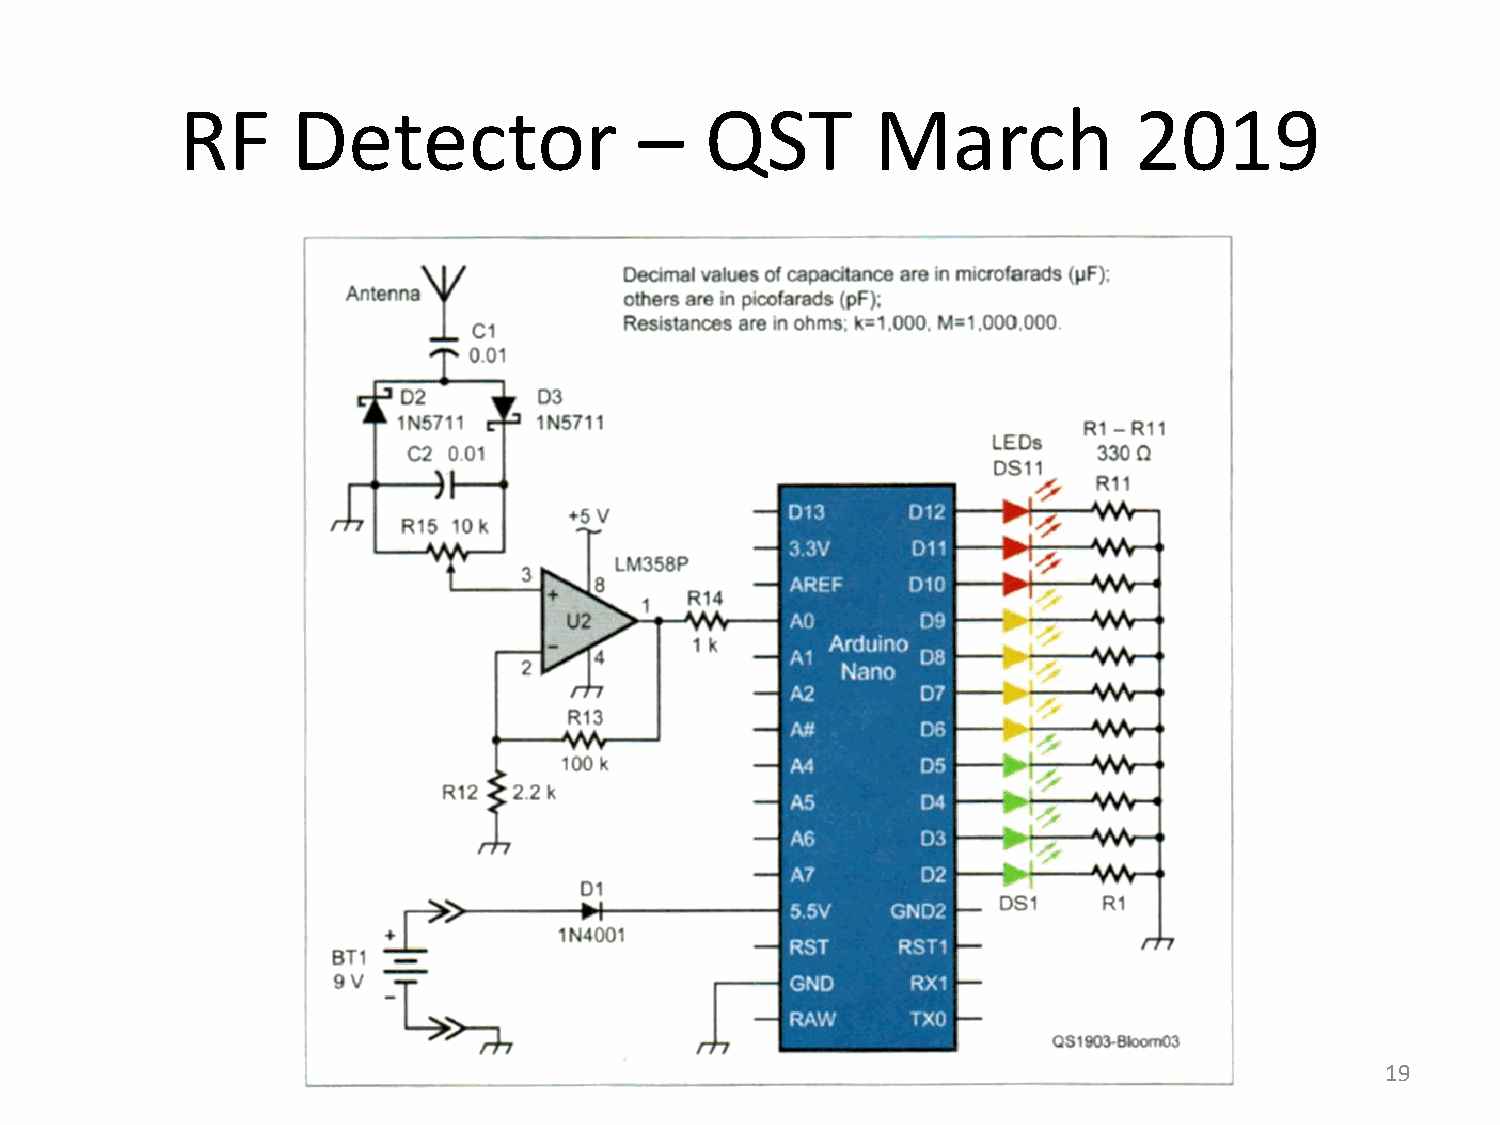
RF     Detector               –    QST        March            2019
 19